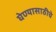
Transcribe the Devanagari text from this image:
घेण्यासाठीचे